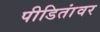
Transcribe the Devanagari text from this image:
पीडितांवर